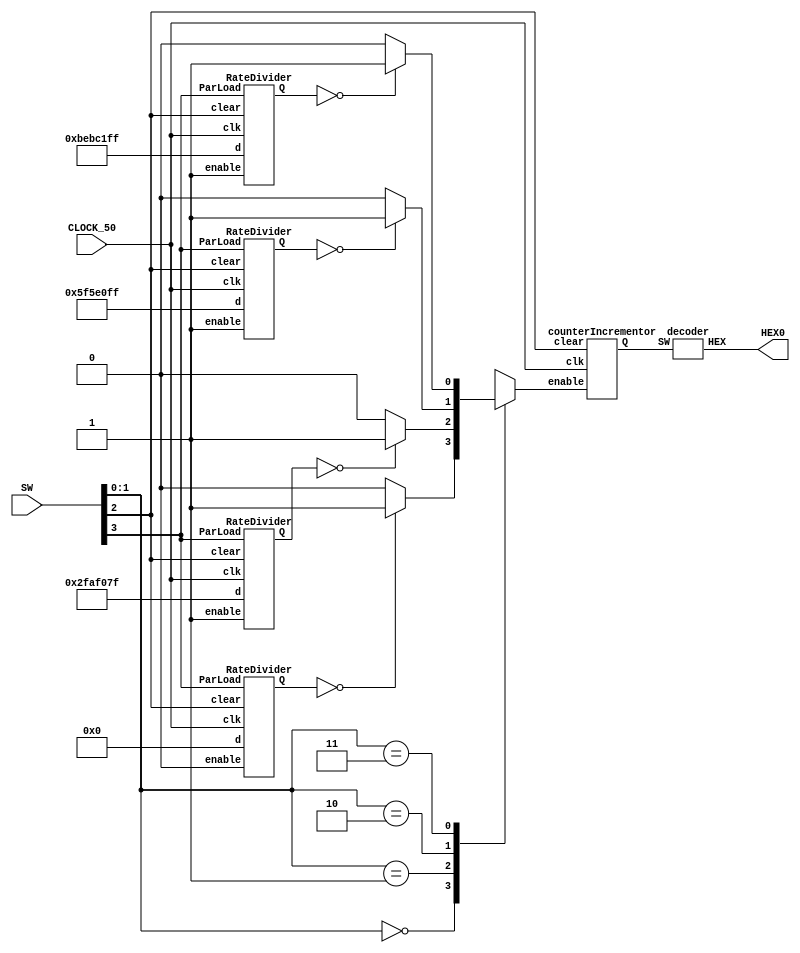
`timescale 1ns / 1ns

module HexCounter(SW, HEX0, CLOCK_50);
	input [3:0] SW;
	output [6:0] HEX0;
	input CLOCK_50;
	wire [27:0] rd0_out, rd1_out, rd2_out, rd3_out;
	reg Enable;
	wire [3:0] dc0_out;
	
	RateDivider rd00(CLOCK_50, rd0_out, SW[2], 1'b0, 28'b0000000000000000000000000000, SW[3]);
	RateDivider rd01(CLOCK_50, rd1_out, SW[2], 1'b1, 28'b0010111110101111000001111111, SW[3]);
	RateDivider rd10(CLOCK_50, rd2_out, SW[2], 1'b1, 28'b0101111101011110000011111111, SW[3]);
	RateDivider rd11(CLOCK_50, rd3_out, SW[2], 1'b1, 28'b1011111010111100000111111111, SW[3]);
	//RateDivider rd11(CLOCK_50, rd3_out, SW[2], 1'b1, 28'b0000000000000000000000000001, SW[3]);
	
	always @(*)
	begin
		case(SW[1:0])
			2'b00: Enable = (rd0_out == 28'b0000000000000000000000000000) ? 1'b1 : 1'b0;
			2'b01: Enable = (rd1_out == 28'b0000000000000000000000000000) ? 1'b1 : 1'b0;
			2'b10: Enable = (rd2_out == 28'b0000000000000000000000000000) ? 1'b1 : 1'b0;
			2'b11: Enable = (rd3_out == 28'b0000000000000000000000000000) ? 1'b1 : 1'b0;
			default: Enable = 1'b0;
		endcase
	end
	
	counterIncrementor IC(CLOCK_50, dc0_out, SW[2], Enable);
	decoder d0(dc0_out, HEX0);
endmodule

module RateDivider(clk, Q, clear, enable, d, ParLoad);
	input clk, enable, clear, ParLoad;
	input [27:0] d;
	output [27:0] Q;
	reg [27:0] Q;
	always @(posedge clk)
	begin
		if(clear == 1'b0)
			Q <= 0;
		else if(ParLoad == 1'b1)
			Q <= d;
		else if(Q == 28'b0000000000000000000000000000)
			Q <= d;
		else if(enable == 1'b1)
			Q <= Q - 1'b1;
		else if(enable == 1'b0)
			Q <= Q;
	end
endmodule

module counterIncrementor(clk, Q, clear, enable);
	input clk, enable, clear;
	output [3:0] Q;
	reg [3:0] Q;
	always @(posedge clk)
	begin
		if(clear == 1'b0)
			Q <= 0;
		else if(enable == 1'b1)
			Q <= Q + 1'b1;
		else if(enable == 1'b0)
			Q <= Q;
	end
endmodule

module decoder(SW,HEX);
	input [3:0]SW;
	output [6:0]HEX;
	assign HEX[0]=(~SW[3]&~SW[2]&~SW[1]&SW[0])|
		(~SW[3]&SW[2]&~SW[1]&~SW[0])|
		(SW[3]&SW[2]&~SW[1]&SW[0])|
		(SW[3]&~SW[2]&SW[1]&SW[0]);
	assign HEX[1]=(~SW[3]&SW[2]&~SW[1]&SW[0])|
		(SW[3]&SW[1]&SW[0])|
		(SW[3]&SW[2]&~SW[0])|
		(SW[2]&SW[1]&~SW[0]);
	assign HEX[2]=(~SW[3]&~SW[2]&SW[1]&~SW[0])|
		(SW[3]&SW[2]&~SW[0])|
		(SW[3]&SW[2]&SW[1]);
	assign HEX[3]=(~SW[3]&SW[2]&~SW[1]&~SW[0])|
		(~SW[2]&~SW[1]&SW[0])|
		(SW[2]&SW[1]&SW[0])|
		(SW[3]&~SW[2]&SW[1]&~SW[0]);
	assign HEX[4]=(~SW[3]&SW[2]&~SW[1])|
		(~SW[2]&~SW[1]&SW[0])|
		(~SW[3]&SW[0]);
	assign HEX[5]=(SW[3]&SW[2]&~SW[1]&SW[0])|
		(~SW[3]&~SW[2]&SW[0])|
		(~SW[3]&SW[1]&SW[0])|
		(~SW[3]&~SW[2]&SW[1]);
	assign HEX[6]=(~SW[3]& ~SW[2]& ~SW[1])|
		(SW[3]&SW[2]&~SW[1]&~SW[0])|
		(~SW[3]&SW[2]&SW[1]&SW[0]);
endmodule